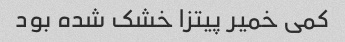
کمی خمیر پیتزا خشک شده بود